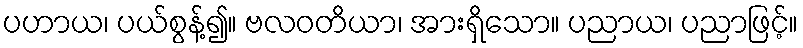
ပဟာယ၊ ပယ်စွန့်၍။ ဗလဝတိယာ၊ အားရှိသော။ ပညာယ၊ ပညာဖြင့်။